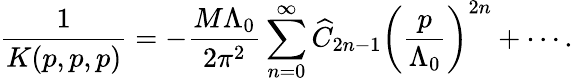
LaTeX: \frac{1}{K(p,p,p)}=-{\frac{M\Lambda_{0}}{2\pi^{2}}}\sum_{n=0}^{\infty}\widehat C_{2n-1}\left({\frac{p}{\Lambda_{0}}}\right)^{2n}+\cdots.